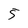
Character: 5